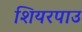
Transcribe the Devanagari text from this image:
शियरपाउ